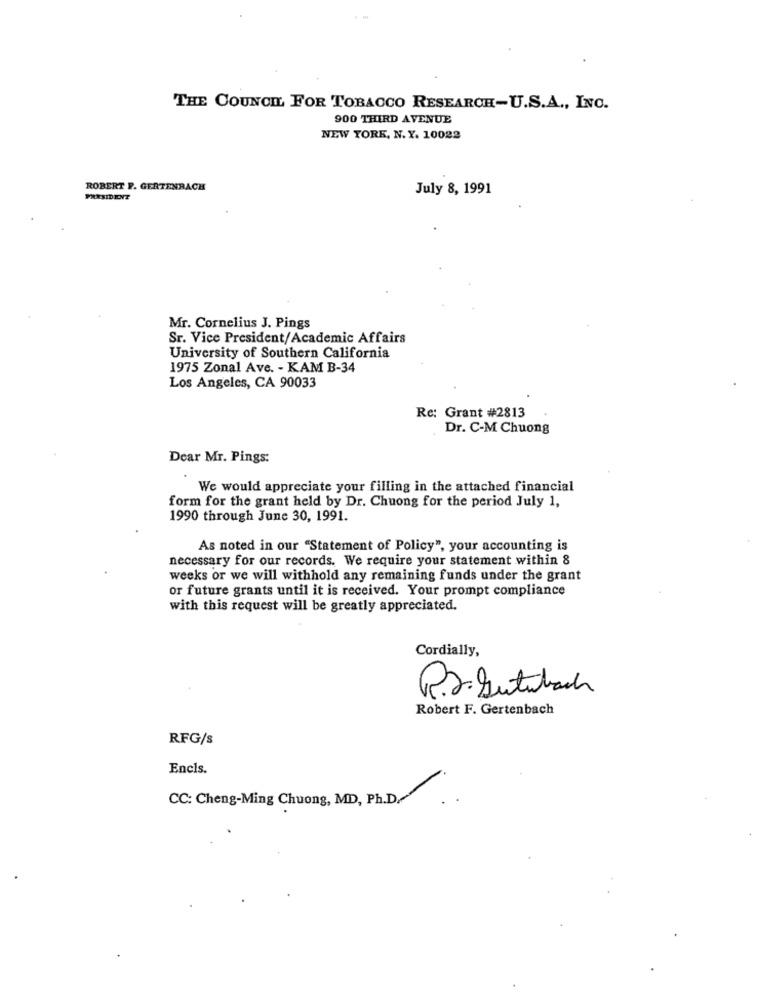
THE COUNCIL FOR TOBACCO RESEARCH-U.S.A ., INC.
900 THIRD AVENUE
NEW YORK, N. Y. 10022
ROBERT F. GERTENRACH
July 8, 1991
PRESIDENT
Mr. Cornelius J. Pings
Sr. Vice President/Academic Affairs
University of Southern California
1975 Zonal Ave. - KAM B-34
Los Angeles, CA 90033
Re: Grant #2813
Dr. C-M Chuong
Dear Mr. Pings:
We would appreciate your filling in the attached financial
form for the grant held by Dr. Chuong for the period July 1,
1990 through June 30, 1991.
As noted in our "Statement of Policy", your accounting is
necessary for our records. We require your statement within 8
weeks or we will withhold any remaining funds under the grant
or future grants until it is received. Your prompt compliance
with this request will be greatly appreciated.
Cordially,
R.r. Sutubach
Robert F. Gertenbach
RFG/s
Encls.
CC: Cheng-Ming Chuong, MD, Ph.D.